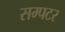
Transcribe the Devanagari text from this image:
सम्पटर